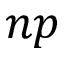
n p